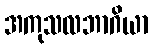
အကုသလဘာဂိယာ